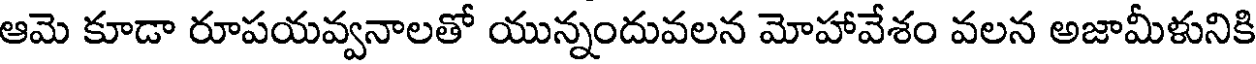
ఆమె కూడా రూపయవ్వనాలతో యున్నందువలన మోహావేశం వలన అజామీళునికి